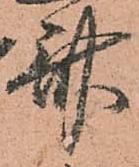
斎